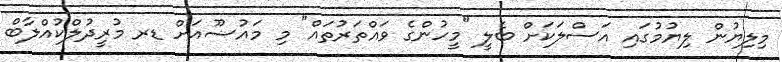
މިލިޔުން ލިޔުމުގައި އަސްލަކަށް ބެލީ "މީހުންގެ ވައްތަރުތައް" މި މައުޟޫއަށް ޑރ މުރީދުލްކުއްލާބް